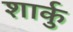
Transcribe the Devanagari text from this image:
शार्कु